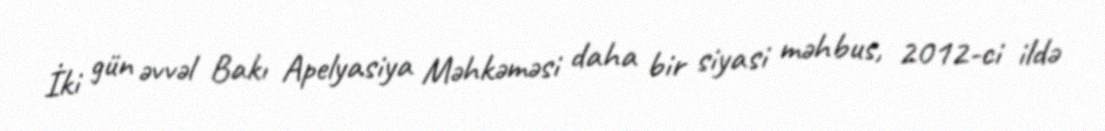
İki gün əvvəl Bakı Apelyasiya Məhkəməsi daha bir siyasi məhbus, 2012-ci ildə